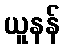
ယူနန်